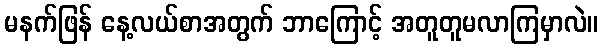
မနက်ဖြန် နေ့လယ်စာအတွက် ဘာကြောင့် အတူတူမလာကြမှာလဲ။